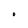
Character: O